Civil Veterinary Department. Madras. Admin. report 1910-25 - 1910-1925
Year: 1910
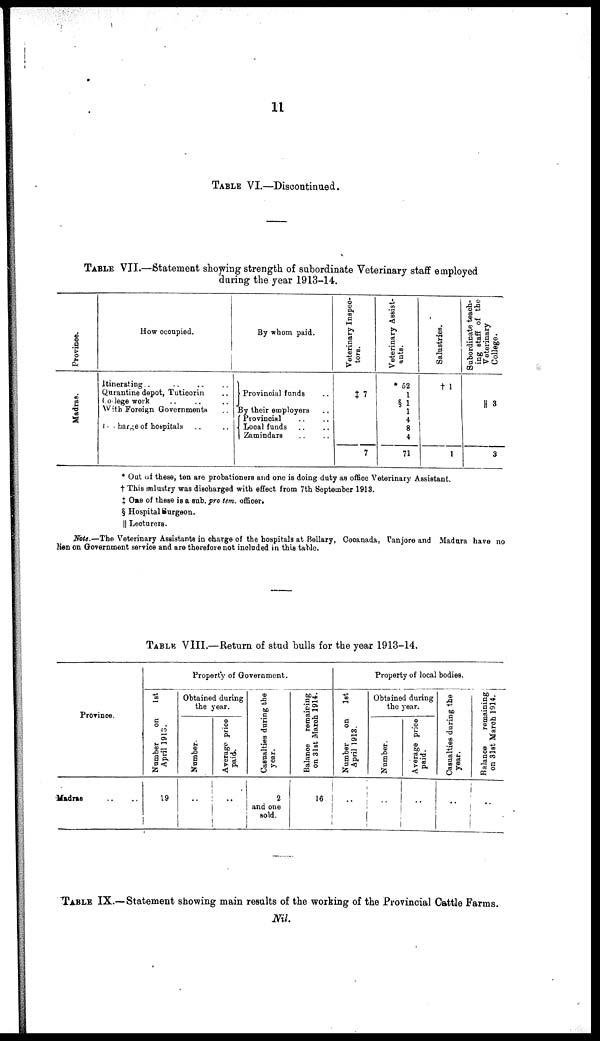
11
TABLE VI.—Discontinued.
TABLE VII.—Statement showing strength of subordinate Veterinary staff employed
during the year 1913-14.
Province.
Madras.
How occupied.
Itinerating .. .. .. ..
Qurantine depot, Tuticorin ..
College work .. .. ..
With Foreign Governments ..
In charge of hospitals .. ..
By whom paid.
Provincial funds ..
By their employers
Provincial .. ..
Local funds .. ..
Zamindars .. ..
Veterinary Inspec-
tors.
‡ 7
7
Veterinary Assist-
ants.
* 52
1
§ 1
1
4
8
4
71
Salustries.
†1
1
Subordinate teach-
ing staff of the
Veterinary
College.
|| 3
3
* Out of these, ten are probationers and one is doing duty as office Veterinary Assistant,
† This salustry was discharged with effect from 7th September 1913.
‡ One of these is a sub. pro tem. officer.
§ Hospital Surgeon.
|| Lecturers.
Note.—The Veterinary Assistants in charge of the hospitals at Bellary, Cocanada, Tanjore and Madura have no
lien on Government service and are therefore not included in this table.
TABLE VIII.—Return of stud bulls for the year 1913-14.
Province.
Madras
Property of Government.
Number
on
1st
April 1913.
19
Obtained during
the year.
Number.
Average price
paid.
Casualties during the
year.
2
and one
sold.
Balance remaining
on 31st March 1914.
16
Property of local bodies.
Number
on
1st
April 1913.
Obtained during
the year.
Number.
Average price
paid.
Casualties during the
year.
Balance
remaining
on 31st March 1914.
TABLE IX.—Statement showing main results of the working of the Provincial Cattle Farms.
Nil.